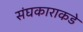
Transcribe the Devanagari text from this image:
संघकाराकडे